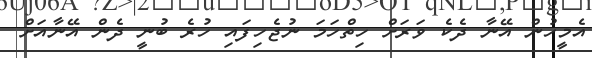
އެމީހުން އޭނާ ދެކެ ވަރަށް ހިތްހަމަ ނުޖެހިފައި ހުރެ ބުނީ ދެން އޭނާއަށް